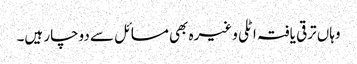
وہاں ترقی یافتہ اٹلی وغیرہ بھی مسائل سے دوچار ہیں۔